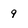
Character: 9